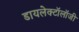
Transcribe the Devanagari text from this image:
डायलेक्टॉलॉजी